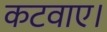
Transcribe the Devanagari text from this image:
कटवाए।